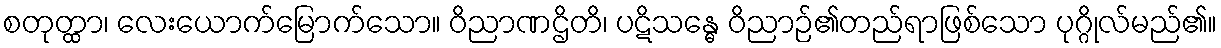
စတုတ္ထာ၊ လေးယောက်မြောက်သော။ ဝိညာဏဌိတိ၊ ပဋိသန္ဓေ ဝိညာဉ်၏တည်ရာဖြစ်သော ပုဂ္ဂိုလ်မည်၏။